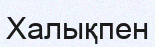
Халықпен